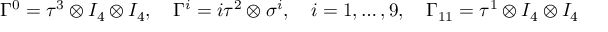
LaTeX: \Gamma ^ { 0 } = \tau ^ { 3 } \otimes I _ { 4 } \otimes I _ { 4 } , \quad \Gamma ^ { i } = i \tau ^ { 2 } \otimes \sigma ^ { i } , \quad i = 1 , \dots , 9 , \quad \Gamma _ { 1 1 } = \tau ^ { 1 } \otimes I _ { 4 } \otimes I _ { 4 }